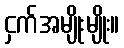
ငှက်အမျိုးမျိုး။